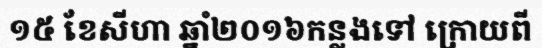
១៥ ខែសីហា ឆ្នាំ២០១៦កន្លងទៅ ក្រោយពី